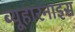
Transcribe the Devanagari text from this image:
ब्यूहारनाइस